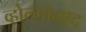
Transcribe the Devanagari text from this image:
व्होल्गोग्राद